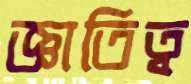
জ্ঞাতিত্ব